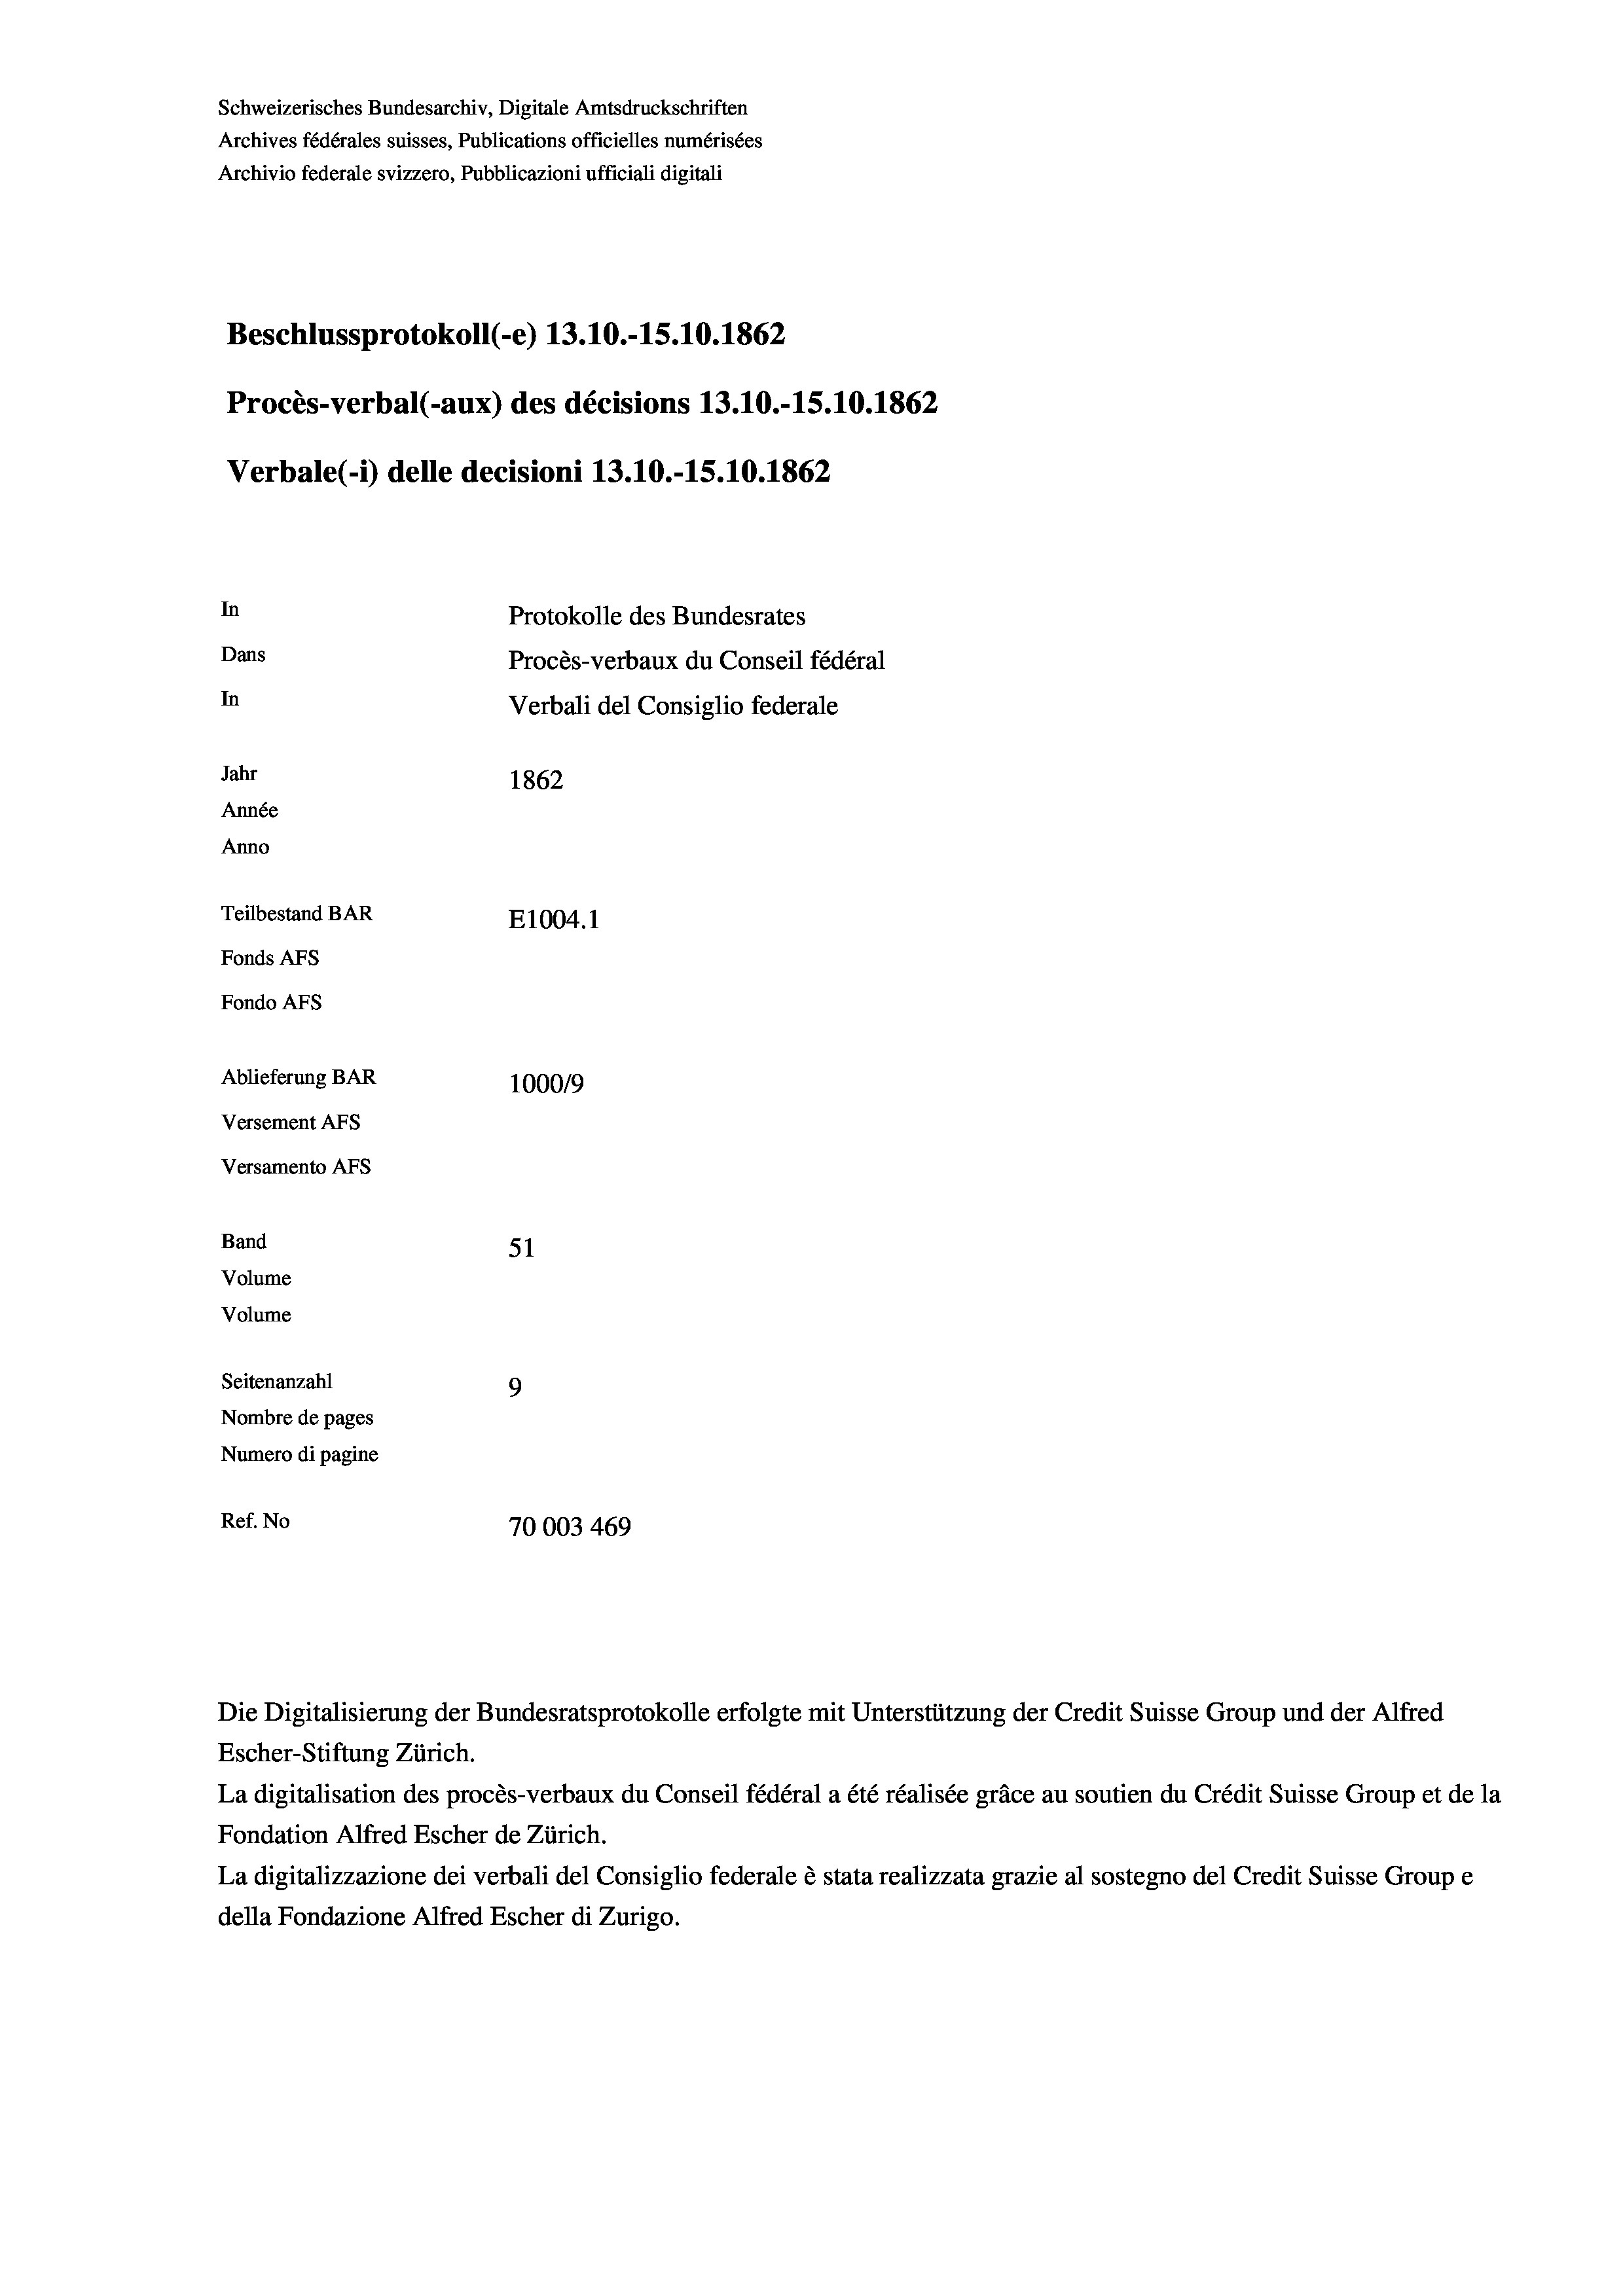
Schweizerisches Bundesarchiv, Digitale Amtsdruckschriften
Archives fédérales suisses, Publications officielles numérisées
Archivio federale svizzero, Pubblicazioni ufficiali digitali
Beschlussprotokoll (-e) 13.10.-15.10. 1862
Procès-verbal (-aux) des décisions 13.10.-15.10.1862
Verbale (- 1) delle decisioni 13.10.-15.10.1862
In
Protokolle des Bundesrates
Dans
Procès-verbaux du Conseil fédéral
In
Verbali del Consiglio federale
Jahr
1862
Année
Anno
Teilbestand BAR
E1004. 1
Fonds AFs
Fondo AFs
Ablieferung BAR
100019
Versement As
Versamento AFs
Band
51
Volume
Volume

Seitenanzahl
9
Nombre de pages
Numero di pagine
Ref. No
70003 469

Escher-Stiftung Zürich.
La digitalisation des procès-verbaux du Conseil fédéral a été réalisée gräce au soutien du Crédit Suisse Group et de la
Fondation Alfred Escher de Zürich.
La digitalizzazione dei verbali del Consiglio federale è stata realizzata grazie al sostegno del Credit Suisse Groupe
della Fondazione Alfred Escher di Zurigo.

Die Digitalisierung der Bundesratsprotokolle erfolgte mit Unterstützung der Credit Suisse Group und der Alfred